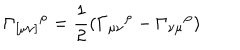
\Gamma _ { [ \mu \nu ] } { } ^ { \rho } = \frac { 1 } { 2 } \left( \Gamma _ { \mu \nu } { } ^ { \rho } - \Gamma _ { \nu \mu } { } ^ { \rho } \right)